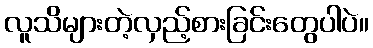
လူသိများတဲ့လှည့်စားခြင်းတွေပါပဲ။